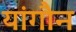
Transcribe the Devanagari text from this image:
यांगौन